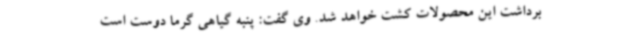
برداشت این محصولات کشت خواهد شد. وی گفت: پنبه گیاهی گرما دوست است